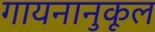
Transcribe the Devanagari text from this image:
गायनानुकूल